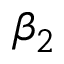
\beta _ { 2 }